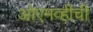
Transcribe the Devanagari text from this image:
ओएमव्हीची